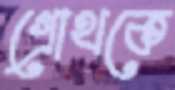
গ্রোথকে